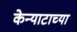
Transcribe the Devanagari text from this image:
केन्याटाच्या